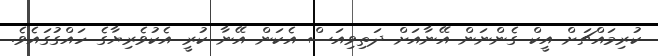
ކުރިމައްޗަށް އީކް ގެންނަން އޭނާއަށް ދަތިވިއަސް އެކަން އޭނާ ކުރީ އެކުވެރިޔާގެ ހައްގުގައެވެ.